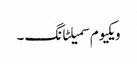
ویکیوم سمیلٹانگ ۔